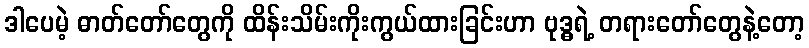
ဒါပေမဲ့ ဓာတ်တော်တွေကို ထိန်းသိမ်းကိုးကွယ်ထားခြင်းဟာ ဗုဒ္ဓရဲ့ တရားတော်တွေနဲ့တော့